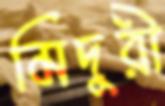
মিদুরী